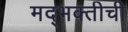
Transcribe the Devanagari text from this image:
मद्भक्तीची